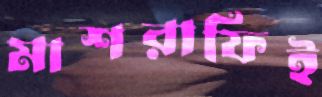
মাশরাফিই